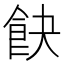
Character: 𩚟